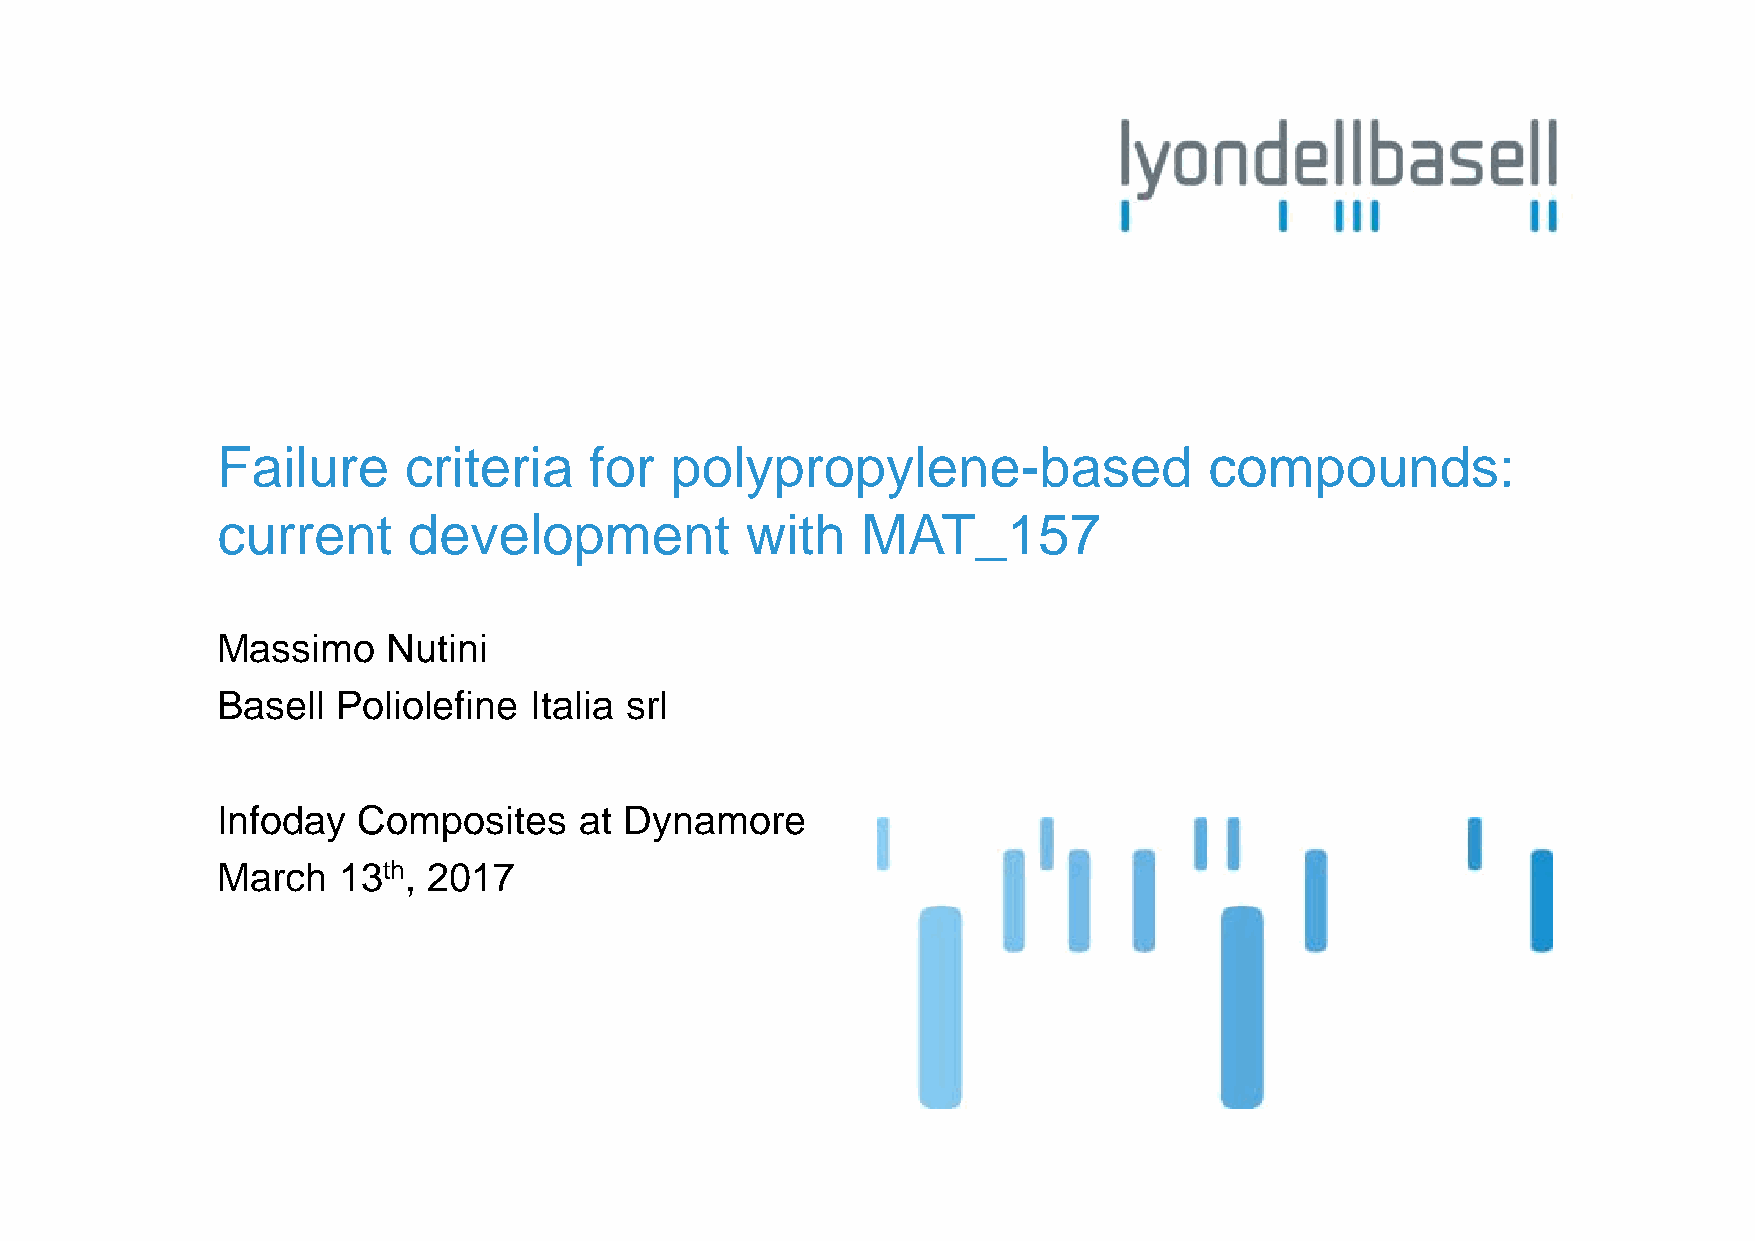
Failure      criteria    for  polypropylene-based                 compounds:
 current      development           with    MAT_157
 Massimo     Nutini
 Basell  Poliolefine  Italia srl
 Infoday   Composites    at Dynamore
 March   13th, 2017